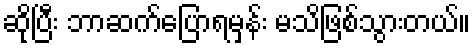
ဆိုပြီး ဘာဆက်ပြောရမှန်း မသိဖြစ်သွားတယ်။